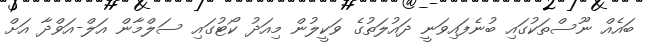
ބައެއް ނޫސްތަކުގައި ބުނެފައިވަނީ ދައުލަތުގެ ވަކީލުން މިއަދު ކޯޓުގައި ސަލްމާން އަލް-އަވްދާ އަށް